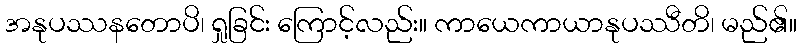
အနုပဿနတောပိ၊ ရှုခြင်း ကြောင့်လည်း။ ကာယေကာယာနုပဿီတိ၊ မည်၏။